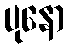
ပုနော